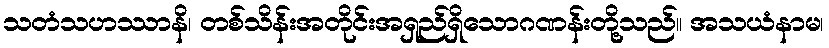
သတံသဟဿာနိ၊ တစ်သိန်းအတိုင်းအရှည်ရှိသောဂဏန်းတို့သည်။ အသယံနာမ၊